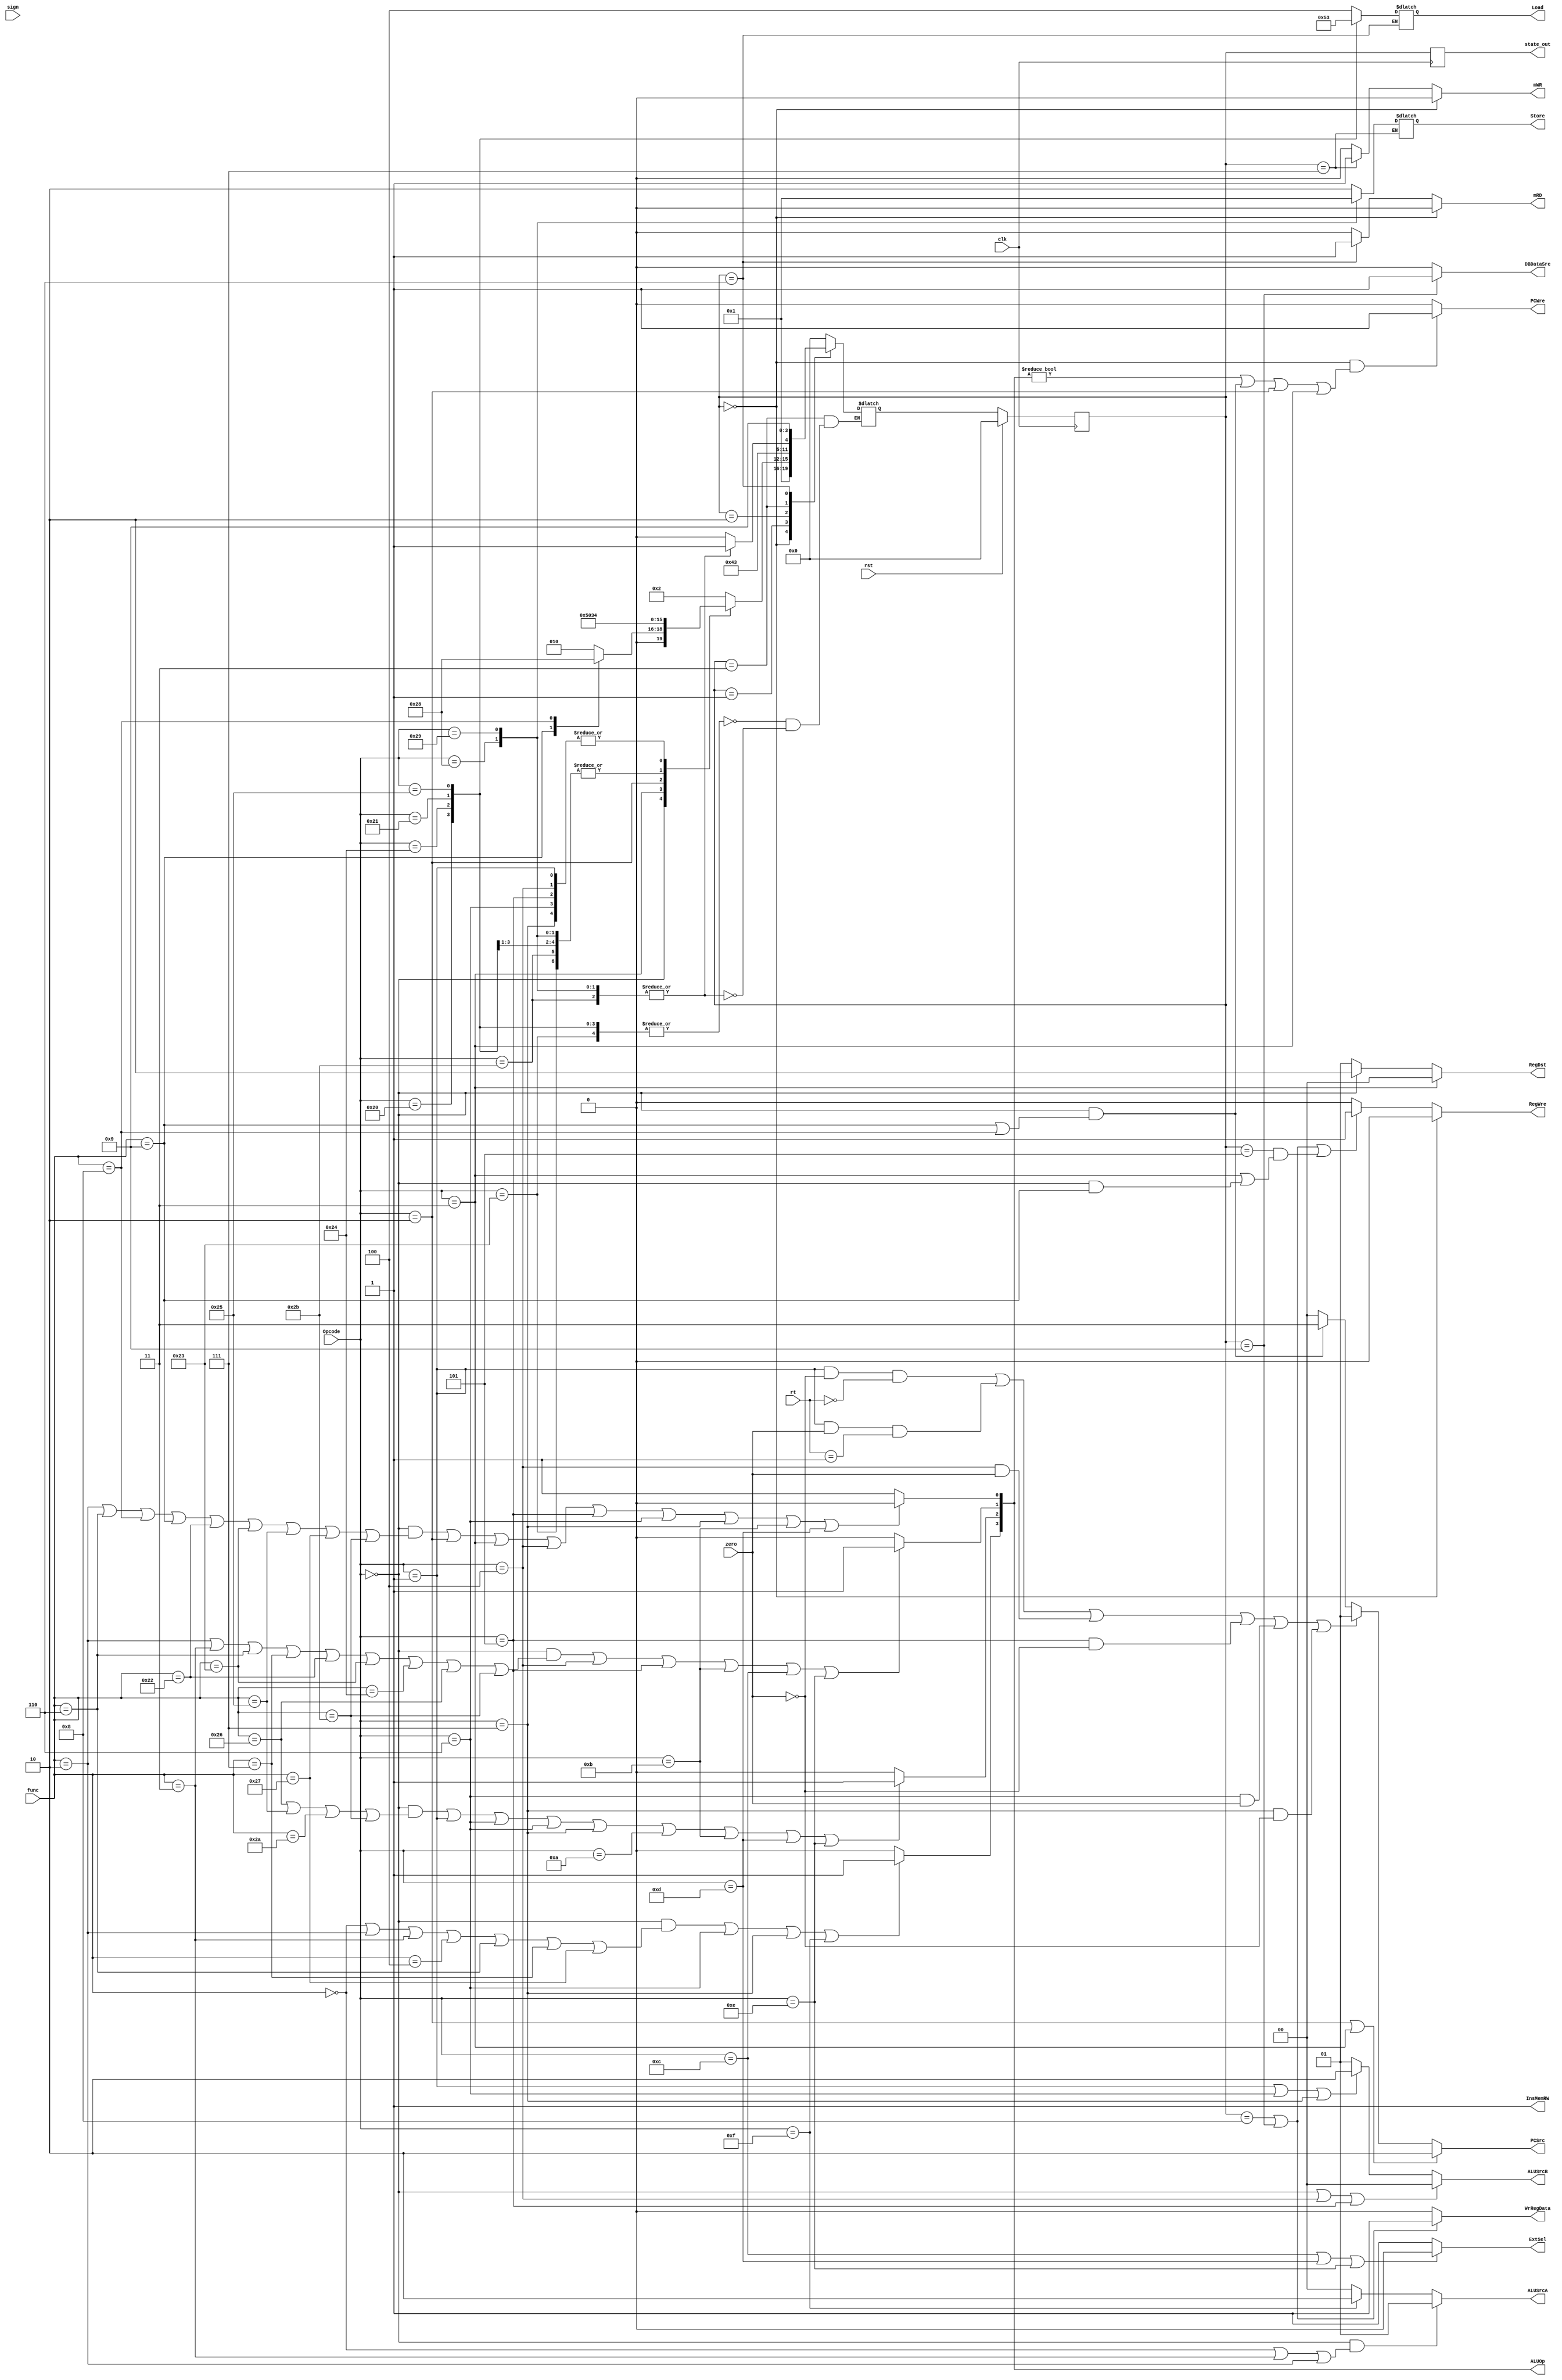
module controlUnit(
input[5:0] Opcode,
input[5:0] func,
input[4:0] rt,
input zero,
input sign,
input clk,
input rst,
output reg InsMemRW,
output reg PCWre,
output reg ExtSel,
output reg DBDataSrc,
output reg mWR,
output reg mRD,
output reg WrRegData,
output reg [1:0]RegDst,
output reg[2:0] Load,
output reg[1:0] Store,
output reg[1:0] ALUSrcA,
output reg[1:0] ALUSrcB,
output reg[1:0] PCSrc,
output reg[3:0] ALUOp,
output reg[3:0] state_out,
output reg RegWre
);

reg [3:0] presentState;
reg [3:0] nextState;

parameter [3:0] sIF = 4'b0000,
                sID = 4'b0001,
                sEXE1 = 4'b0010,
                sEXE2 = 4'b0011, //lw, sw
                sEXE3 = 4'b0100, //beq
                sEXE4 = 4'b0101,
                sMEM1 = 4'b0110, //lw
                sMEM2 = 4'b0111, //sw
                sWB1 = 4'b1000,  //R-type
                sWB2 = 4'b1001;  // lw
                //sMEM = 3'b100;
initial 
    begin
        presentState <= sIF;
        nextState <= sID;
        RegDst <= 0;
        InsMemRW <= 0;
        PCWre <= 0;
        ExtSel <= 0;
        DBDataSrc <= 0;
        mWR <= 0;
        mRD <= 0;
        Load <= 0;
        Store <= 0;
        ALUSrcA <= 0;
        ALUSrcB <= 0;
        RegWre <= 0;
        //test <= 2'b000000;
        ALUOp <= 4'b0000;
    end

//switch state
always @(posedge clk) begin
    if (rst)
        presentState <= sIF;
    else begin
        presentState <= nextState;
    end
    state_out <= presentState;
end

//select state

always @(presentState or Opcode) //or Opcode
begin
    case (presentState)
        sIF: nextState <= sID;
        sID: 
        begin
            case (Opcode)
                6'h00: begin
                    case(func)
                    6'd9: nextState <= sEXE4; //jalr
		    6'd8: nextState <= sIF;    //jr
                    default: nextState <= sEXE1; //R-type
                    endcase
                end
                6'h03: nextState <= sEXE4; //jal
                6'h02: nextState <= sIF; //j
                6'h20,6'h21,6'h23,6'h23,6'h24,6'h28,6'h29,6'h2B: nextState <= sEXE2; //lw,sw
                6'h01,6'h04,6'h05,6'h06,6'h07: nextState <= sEXE3; //beq
                default: nextState <= sEXE1; //I-type
            endcase
        end
        sEXE1: nextState <= sWB1; //R-type, I-type
        sEXE2: 
        begin
            case(Opcode)
            6'h20,6'h21,6'h23,6'h24,6'h25: nextState <= sMEM1; //lw
            6'h28,6'h29,6'h2B: nextState <= sMEM2; //sw
            endcase
        end
        sEXE3: nextState <= sIF; //beq
        sEXE4: nextState <= sIF; //jr,jalr ,jal
        
        sMEM1: nextState <= sWB2; //lw
        sMEM2: nextState <= sIF; //sw
        sWB1: nextState <= sIF; //R-type, I-type
        sWB2: nextState <= sIF;   //lw
        default: nextState <= sIF; 
    endcase

end

//set control signals

always @ (presentState or Opcode) //or Opcode or func
begin
    //PCWre
    if (presentState == sIF && (ALUOp != 0 || (Opcode == 6'h00 && (func == 6'd9 || func == 6'd8)) || Opcode == 6'h02 || Opcode == 6'h03))
        PCWre = 1;
    else
        PCWre = 0;
    //InsMemRw
    InsMemRW = 1;

    //RegWre
    if(presentState == sWB1 || presentState == sWB2 || (presentState == sEXE4 && (Opcode == 6'h03 || (Opcode == 6'h0 && func == 6'd9)))) //lw, R,I,jal,jalr
        RegWre = 1;
    else
        RegWre = 0;
    //RegDst
    if (Opcode == 6'h03) //jal
        RegDst = 2'b00;
    else if(Opcode == 6'h00) //R-type
        RegDst = 2'b10;
    else 
        RegDst = 2'b01;   //I-type
    
    //ExtSel
    if(Opcode == 6'b001100 || Opcode == 6'b001101 || Opcode == 6'b001110)
        ExtSel = 0;
    else
        ExtSel = 1;
    

    //DBDataSrc
    if(presentState == sWB2)
        DBDataSrc = 1;
    else
        DBDataSrc = 0;
    
    //mWR
    if(presentState == sMEM2)
        mWR = 1;
    else
        mWR = 0;
    
    //mRD
    if(presentState == sMEM1)
        mRD = 1;
    else
        mRD = 0;

    //WrRegData
    if(presentState == sWB1 || presentState == sWB2)
	WrRegData = 1;
    else
	WrRegData = 0;
    
    //PCSrc
    if( //presentState == sIF && 
	(Opcode == 6'h02 || Opcode == 6'h03))
        PCSrc = 2'b10;
    else if(((Opcode == 6'b000001&&zero == 0 && rt == 5'd0) || (Opcode == 6'b000001&&zero == 1 && rt == 5'd1) || (Opcode == 6'b000100&&zero == 1) || (Opcode == 6'b000101 && zero == 0) || (Opcode == 6'b000110 && zero == 1) || (Opcode == 6'b000111 && zero == 0)))
        PCSrc = 2'b01;
    else if((Opcode == 6'h00 && (func == 6'd8 || func == 6'd9)))
        PCSrc = 2'b11;
    else
        PCSrc = 2'b00;
    

    //ALUSrcA
    if((Opcode == 6'h00 && (func == 6'b000000 || func == 6'b000011 || func == 6'b000010)))
        ALUSrcA = 2'b01;
    else if(Opcode == 6'b001111)
        ALUSrcA = 2'b10;
    else
        ALUSrcA = 2'b00;
    
    //ALUSrcB
    if(Opcode == 6'h00 || Opcode == 6'h04 || Opcode == 6'h05 )
        ALUSrcB = 2'b00;
    else if(Opcode == 6'h01 || Opcode == 6'h06 || Opcode == 6'h07)
        ALUSrcB = 2'b10;
    else
        ALUSrcB = 2'b01;
    
    //ALUOp
    ALUOp [0] = ((Opcode == 6'd0 && (func == 6'd2 || func == 6'd6 || func == 6'd8 || func == 6'd9 || func == 6'd34 || func == 6'd35 || func == 6'd37 || func == 6'd39 || func == 6'd43)) || Opcode == 6'h02 || Opcode == 6'h03 || Opcode == 6'h04 || Opcode == 6'h05 || Opcode == 6'h06 || Opcode == 6'h07 ||Opcode == 6'h0B || Opcode == 6'h0D) ? 0 : 1;
    ALUOp [1] = ((Opcode == 6'h0 && (func == 6'd2 || func == 6'd3 || func == 6'd6 || func == 6'd7 || func == 6'd34 || func == 6'd35 || func == 6'd36 || func == 6'd38 || func == 6'd43)) || Opcode == 6'h04 || Opcode == 6'h05 || Opcode == 6'h0B || Opcode == 6'h0C || Opcode == 6'h0E) ? 1 : 0;
    ALUOp [2] = ((Opcode == 6'h0 && (func == 6'd38 || func == 6'd37 || func == 6'd42 || func == 6'd43)) || Opcode == 6'h01 || Opcode == 6'h06 || Opcode == 6'h06 || Opcode == 6'h07 || Opcode == 6'h0A || Opcode == 6'h0B || Opcode == 6'h0D || Opcode == 6'h0E) ? 1 : 0;
    ALUOp [3] = ((Opcode == 6'h0 && (func == 6'd0 || func == 6'd2 || func == 6'd3 || func == 6'd4 || func == 6'd6 || func == 6'd7 || func == 6'd39)) || Opcode == 6'h06 || Opcode == 6'h07 || Opcode == 6'h0F) ? 1:0;

    //Load
    if(presentState == sMEM1)
        case (Opcode)
            6'h20: Load = 3'b000;
            6'h24: Load = 3'b001;
            6'h21: Load = 3'b010;
            6'h25: Load = 3'b011;
            6'h23: Load = 3'b100;
            default: Load = 3'b100;
        endcase
    
    //Store
    if(presentState == sMEM2)
        case (Opcode)
            6'h28: Store = 2'b00; 
            6'h29: Store = 2'b01;
            6'h2B: Store = 2'b10;
            default: Store = 2'b10;
        endcase
    

    //Avoid write data in sIF
    if (presentState == sIF) begin
            RegWre = 0;
            mRD = 0;
	    mWR = 0;
        end

end


// Control Signals
    // assign RegDst = (Opcode == 6'b000000) ? 1 : 0;
    // assign PCWre = (Opcode == 6'b111111) ? 0 : 1;
    // assign ExtSel = (Opcode == 6'b001100 || Opcode == 6'b001101 || Opcode == 6'b001110) ? 0 : 1;
    // assign DBDataSrc = (Opcode == 6'b100000 || Opcode == 6'b100001 || Opcode == 6'b100011 || Opcode == 6'b100100 || Opcode == 6'b100101) ? 1 : 0;
    // assign mWR = (Opcode == 6'b101000 || Opcode == 6'b101001 || Opcode == 6'b101011) ? 1 : 0;
    // assign mRD = (Opcode == 6'b100000 || Opcode == 6'b100001 || Opcode == 6'b100011 || Opcode == 6'b100100 || Opcode == 6'b100101) ? 1 : 0;

    // assign ALUSrcA[0] = (Opcode == 6'b000000 && (func == 6'b000000 || func == 6'b000011 || func == 6'b000010))? 1:0;
    // assign ALUSrcA[1] = (Opcode == 6'b001111)?1:0;

    // assign ALUSrcB[0] = (Opcode == 6'b000000 || Opcode == 6'b000001 || Opcode == 6'b000100 || Opcode == 6'b000101 || Opcode == 6'b000110 || Opcode == 6'b000111) ? 0 : 1;
    // assign ALUSrcB[1] = (Opcode == 6'h01 || Opcode == 6'h06 || Opcode == 6'h07)? 1:0;
    // assign RegWre = ((Opcode == 6'b000000 && func == 6'b001000) || Opcode == 6'b101000 || Opcode == 6'b101001 || Opcode == 6'b101011 || Opcode == 6'b000100||Opcode == 6'b000101||Opcode == 6'b000110||Opcode == 6'b000111) ? 0 : 1;

    // // PCSrc - choose next address
    // assign PCSrc [0] = ((Opcode == 6'b000001&&zero == 0 && rt == 5'd0) || (Opcode == 6'b000001&&zero == 1 && rt == 5'd1) || (Opcode == 6'b000100&&zero == 1) || (Opcode == 6'b000101 && zero == 0) || (Opcode == 6'b000110 && zero == 1) || (Opcode == 6'b000111 && zero == 0) || (Opcode == 6'h0 && (func == 6'd8 || func == 6'd9))) ? 1 : 0;
    // assign PCSrc [1] = (Opcode == 6'b000010 || (Opcode == 6'b000000 && (func == 6'b001000 || func == 6'b001001))) ? 1 : 0;

    // // ALUOp - choose ALU functions
    // assign ALUOp [0] = ((Opcode == 6'd0 && (func == 6'd2 || func == 6'd6 || func == 6'd8 || func == 6'd9 || func == 6'd34 || func == 6'd35 || func == 6'd37 || func == 6'd39 || func == 6'd43)) || Opcode == 6'h02 || Opcode == 6'h03 || Opcode == 6'h04 || Opcode == 6'h05 || Opcode == 6'h06 || Opcode == 6'h07 ||Opcode == 6'h0B || Opcode == 6'h0D) ? 0 : 1;
    // assign ALUOp [1] = ((Opcode == 6'h0 && (func == 6'd2 || func == 6'd3 || func == 6'd6 || func == 6'd7 || func == 6'd34 || func == 6'd35 || func == 6'd36 || func == 6'd38)) || Opcode == 6'h04 || Opcode == 6'h05 || Opcode == 6'h0B || Opcode == 6'h0C || Opcode == 6'h0E) ? 1 : 0;
    // assign ALUOp [2] = ((Opcode == 6'h0 && (func == 6'd38 || func == 6'd37)) || Opcode == 6'h01 || Opcode == 6'h06 || Opcode == 6'h06 || Opcode == 6'h07 || Opcode == 6'h0A || Opcode == 6'h0B || Opcode == 6'h0D || Opcode == 6'h0E) ? 1 : 0;
    // assign ALUOp [3] = ((Opcode == 6'h0 && (func == 6'd0 || func == 6'd2 || func == 6'd3 || func == 6'd4 || func == 6'd6 || func == 6'd7)) || Opcode == 6'h06 || Opcode == 6'h07 || Opcode == 6'h0F) ? 1:0;

    // assign Load[0] = (Opcode == 6'h24 || Opcode == 6'h25) ? 1:0;
    // assign Load[1] = (Opcode == 6'h21 || Opcode == 6'h25)? 1:0;
    // assign Load[2] = (Opcode == 6'h23)? 1:0;

    // assign Store[0] = (Opcode == 6'h29)? 1:0;
    // assign Store[1] = (Opcode == 6'h2B)? 1:0;
    //assign InsMemRW = 1;
endmodule